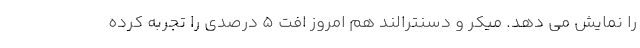
را نمایش می دهد. میکر و دسنترالند هم امروز افت 5 درصدی را تجربه کرده